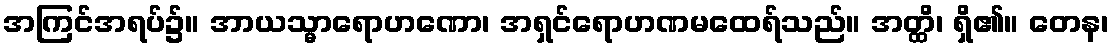
အကြင်အရပ်၌။ အာယသ္မာရောဟဏော၊ အရှင်ရောဟဏမထေရ်သည်။ အတ္ထိ၊ ရှိ၏။ တေန၊